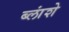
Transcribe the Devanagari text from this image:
ब्लांशे